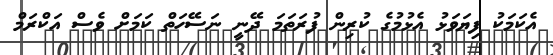
އެކަމަކު ފިޔަވަޅު އެޅުމުގެ ކުރިން ފުރަތަމަ ދޭނީ ނަސޭހަތް ކަމަށް ވެސް އަކްރަމް